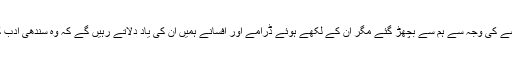
قادر جونیجو 30 مارچ کو جگر کے عارضے کی وجہ سے ہم سے بچھڑ گئے مگر ان کے لکھے ہوئے ڈرامے اور افسانے ہمیں ان کی یاد دلاتے رہیں گے کہ وہ سندھی ادب کی چھوٹی سی دنیا کے بڑے لکھاری تھے۔